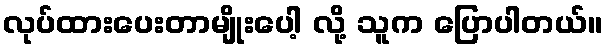
လုပ်ထားပေးတာမျိုးပေါ့ လို့ သူက ပြောပါတယ်။